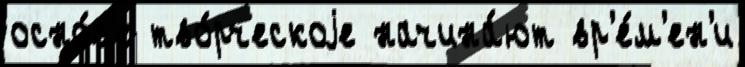
осно́в'е тво́рческоjе начина́ют вр'е́м'ен'и